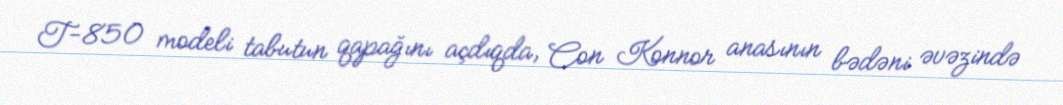
T-850 modeli tabutun qapağını açdıqda, Con Konnor anasının bədəni əvəzində